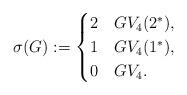
LaTeX: \begin{align*}\sigma(G):=\begin{cases}2 & G V_4 (2^\ast) , \\1 & G V_4 (1^\ast) , \\0 & G V_4.\end{cases}\end{align*}